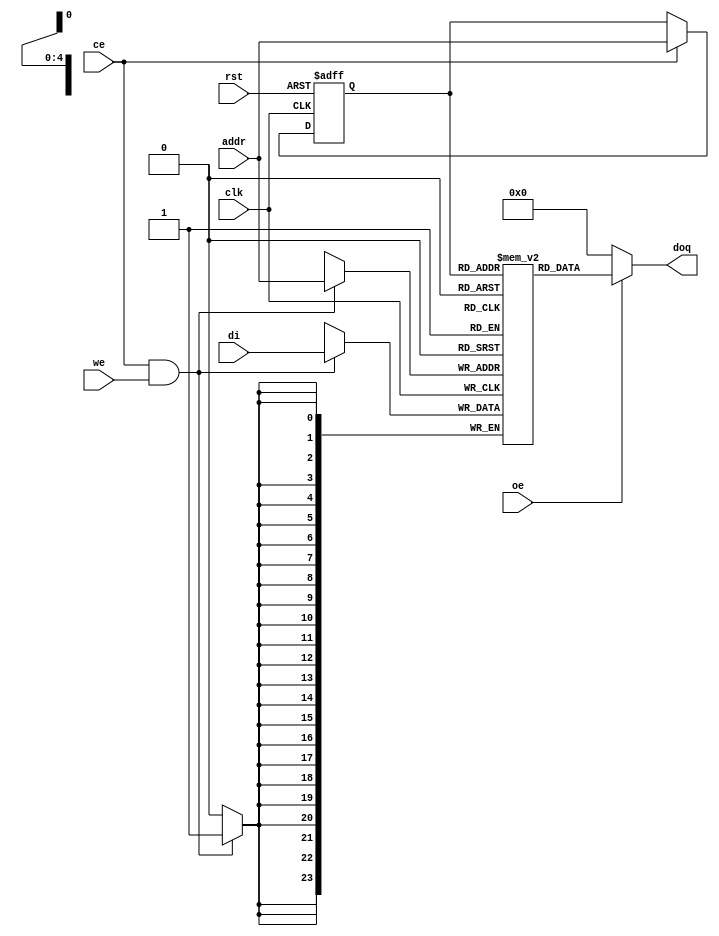
module or1200_spram_32x24(
`ifdef OR1200_BIST
	// RAM BIST
	mbist_si_i, mbist_so_o, mbist_ctrl_i,
`endif
	// Generic synchronous single-port RAM interface
	clk, rst, ce, we, oe, addr, di, doq
);

//
// Default address and data buses width
//
parameter aw = 5;
parameter dw = 24;

`ifdef OR1200_BIST
//
// RAM BIST
//
input mbist_si_i;
input [`OR1200_MBIST_CTRL_WIDTH - 1:0] mbist_ctrl_i;
output mbist_so_o;
`endif

//
// Generic synchronous single-port RAM interface
//
input			clk;	// Clock
input			rst;	// Reset
input			ce;	// Chip enable input
input			we;	// Write enable input
input			oe;	// Output enable input
input 	[aw-1:0]	addr;	// address bus inputs
input	[dw-1:0]	di;	// input data bus
output	[dw-1:0]	doq;	// output data bus

//
// Internal wires and registers
//
wire [31:24] unconnected;

`ifdef OR1200_ARTISAN_SSP
`else
`ifdef OR1200_VIRTUALSILICON_SSP
`else
`ifdef OR1200_BIST
`endif
`endif
`endif

`ifdef OR1200_ARTISAN_SSP

//
// Instantiation of ASIC memory:
//
// Artisan Synchronous Single-Port RAM (ra1sh)
//
`ifdef UNUSED
`else
`ifdef OR1200_BIST
`else
`endif
`endif
`ifdef OR1200_BIST
	// RAM BIST
`endif

`else

`ifdef OR1200_AVANT_ATP

//
// Instantiation of ASIC memory:
//
// Avant! Asynchronous Two-Port RAM
//

`else

`ifdef OR1200_VIRAGE_SSP

//
// Instantiation of ASIC memory:
//
// Virage Synchronous 1-port R/W RAM
//

`else

`ifdef OR1200_VIRTUALSILICON_SSP

//
// Instantiation of ASIC memory:
//
// Virtual Silicon Single-Port Synchronous SRAM
//
`ifdef UNUSED
`else
`ifdef OR1200_BIST
`else
`endif
`endif
`ifdef OR1200_BIST
	// RAM BIST
`endif

`else

`ifdef OR1200_XILINX_RAMB4

//
// Instantiation of FPGA memory:
//
// Virtex/Spartan2
//

//
// Block 0
//
RAMB4_S16 ramb4_s16_0(
	.CLK(clk),
	.RST(rst),
	.ADDR({3'h0, addr}),
	.DI(di[15:0]),
	.EN(ce),
	.WE(we),
	.DO(doq[15:0])
);

//
// Block 1
//
RAMB4_S16 ramb4_s16_1(
	.CLK(clk),
	.RST(rst),
	.ADDR({3'h0, addr}),
	.DI({8'h00, di[23:16]}),
	.EN(ce),
	.WE(we),
	.DO({unconnected, doq[23:16]})
);

`else

`ifdef OR1200_ALTERA_LPM

//
// Instantiation of FPGA memory:
//
// Altera LPM
//
// Added By Jamil Khatib
//


`else

//
// Generic single-port synchronous RAM model
//

//
// Generic RAM's registers and wires
//
reg	[dw-1:0]	mem [(1<<aw)-1:0];	// RAM content
reg	[aw-1:0]	addr_reg;		// RAM address register

//
// Data output drivers
//
assign doq = (oe) ? mem[addr_reg] : {dw{1'b0}};

//
// RAM address register
//
always @(posedge clk or posedge rst)
	if (rst)
		addr_reg <= #1 {aw{1'b0}};
	else if (ce)
		addr_reg <= #1 addr;

//
// RAM write
//
always @(posedge clk)
	if (ce && we)
		mem[addr] <= #1 di;

`endif	// !OR1200_ALTERA_LPM
`endif	// !OR1200_XILINX_RAMB4_S16
`endif	// !OR1200_VIRTUALSILICON_SSP
`endif	// !OR1200_VIRAGE_SSP
`endif  // !OR1200_AVANT_ATP
`endif	// !OR1200_ARTISAN_SSP

endmodule